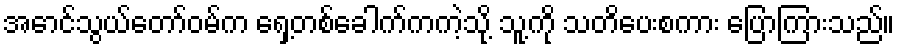
အောင်သွယ်တော်ဝမ်က ရှေ့တစ်ခေါက်ကကဲ့သို့ သူ့ကို သတိပေးစကား ပြောကြားသည်။